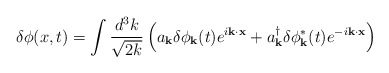
\begin{align*}\delta \phi (x,t) = \int \frac{d^3 k}{\sqrt{2 k}} \left( a_{\bf k} \delta \phi_{\bf k} (t) e^{i {\bf k} \cdot {\bf x}} + a_{\bf k}^{\dagger} \delta \phi_{\bf k}^{*} (t) e^{-i {\bf k} \cdot {\bf x}} \right)\end{align*}